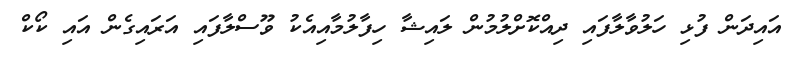
އައިދަން ފުޅި ހަލުވާލާފައި ދިއްކޮށްލުމުން ލައިޝާ ހިފާލުމާއިއެކު ވޫސްލާފައި އަރައިގެން އައި ކޯކް